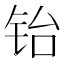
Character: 𬭀